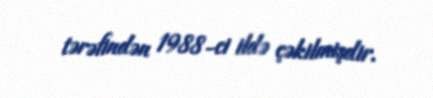
tərəfindən 1988-ci ildə çəkilmişdir.